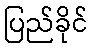
ပြည်ခိုင်